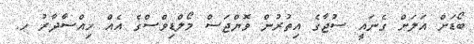
ބޯޑަށް އަލަށް ގެނައީ ސުޖާގެ އިތުރުން ވޮޔްޖަސް މޯލްޑިވްސްގެ އެއް ހިއްސާދާރު ހ.